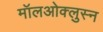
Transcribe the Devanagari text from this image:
मॉलओक्लुस्न